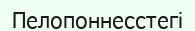
Пелопоннесстегі